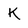
Character: K